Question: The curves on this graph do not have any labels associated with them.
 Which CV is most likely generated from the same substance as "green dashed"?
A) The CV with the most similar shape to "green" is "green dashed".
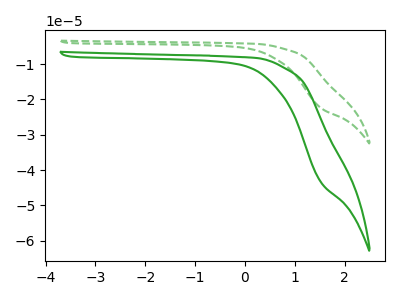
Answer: <think>The green dashed curve "green dashed" has no peaks. The green curve "green" has no peaks.
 Neither "green dashed" or "green" have any peaks.</think>
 <answer>A) The CV with the most similar shape to "green" is "green dashed".</answer>
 <eval>A</eval>